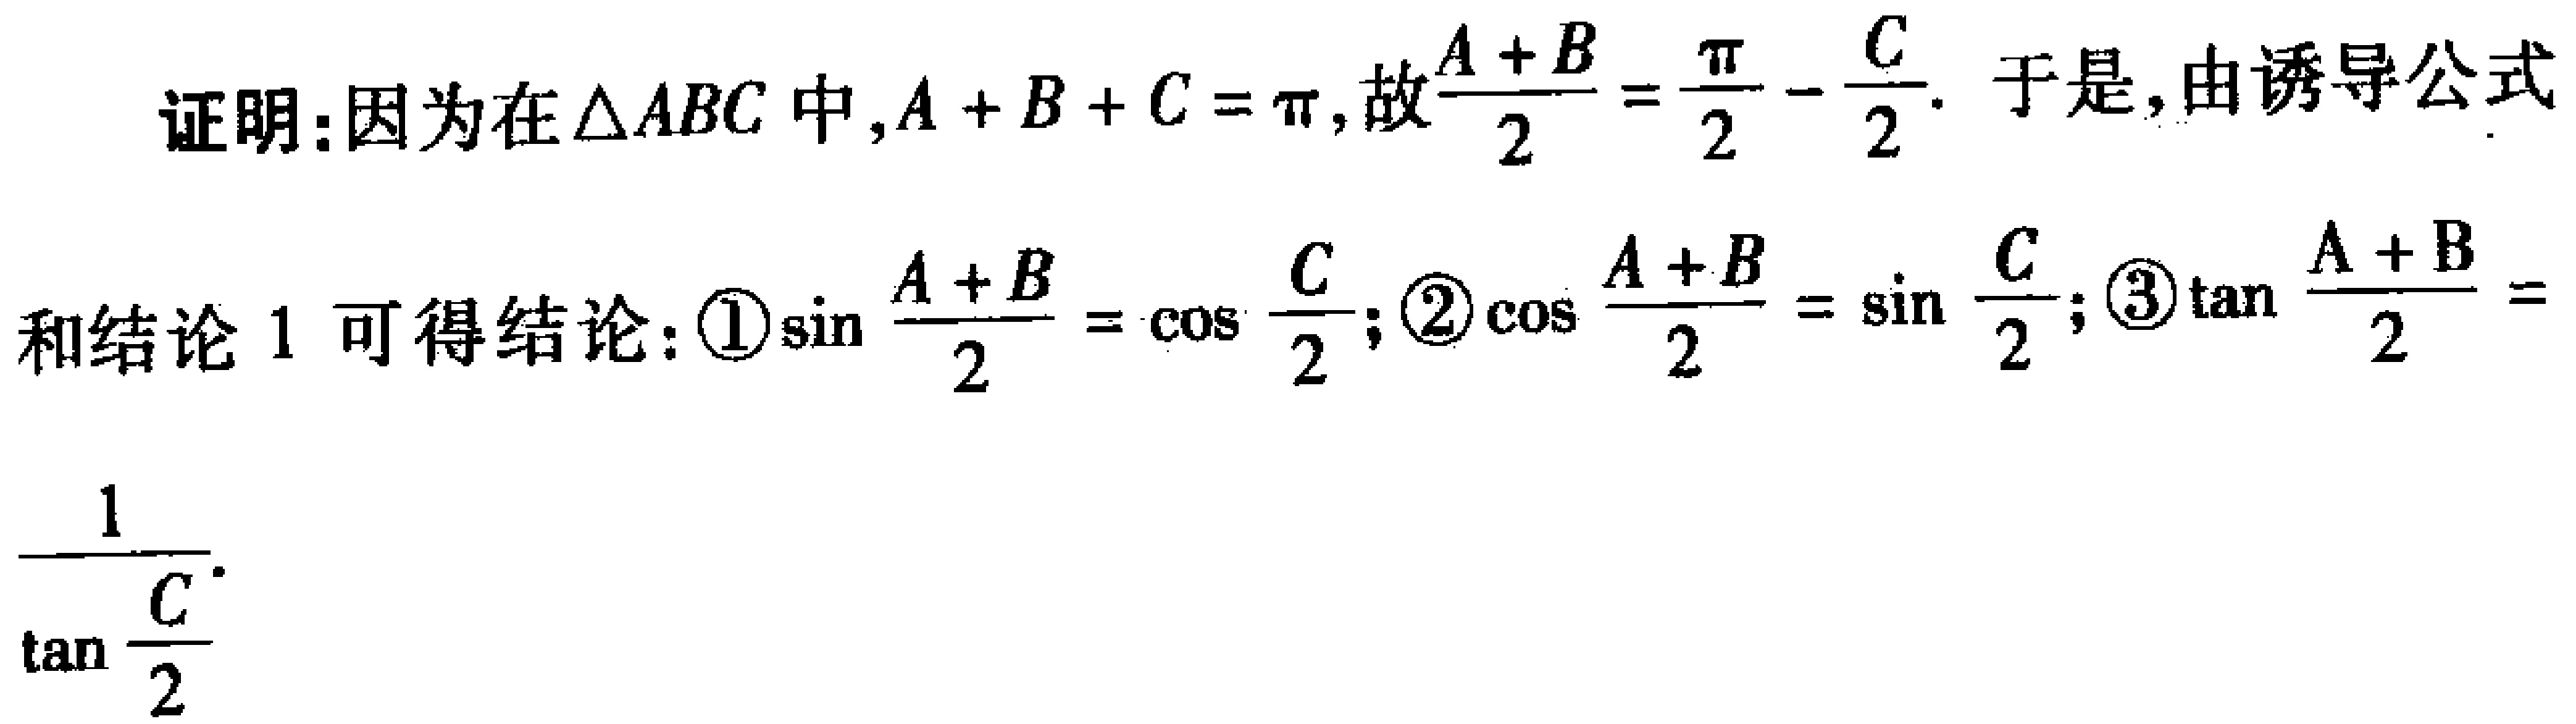
证明：因为在\(\triangle ABC\)中，\(A + B + C = \pi\)，故\(\frac{A + B}{2} = \frac{\pi}{2} - \frac{C}{2}\)。于是，由诱导公式

和结论 1 可得结论：\textcircled{1}\(\sin\frac{A + B}{2} = \cos\frac{C}{2}\)；\textcircled{2}\(\cos\frac{A + B}{2} = \sin\frac{C}{2}\)；\textcircled{3}\(\tan\frac{A + B}{2} =\)

\(\frac{1}{\tan\frac{C}{2}}\)。